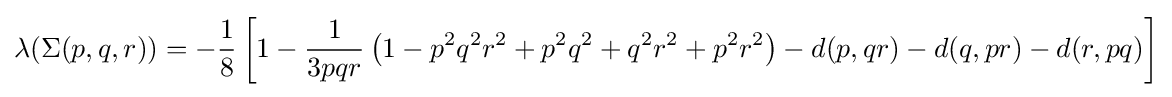
\lambda (\Sigma (p,q,r))=-{\frac {1}{8}}\left[1-{\frac {1}{3pqr}}\left(1-p^{2}q^{2}r^{2}+p^{2}q^{2}+q^{2}r^{2}+p^{2}r^{2}\right)-d(p,qr)-d(q,pr)-d(r,pq)\right]